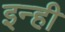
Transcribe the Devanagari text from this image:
इन्‍ही